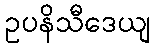
ဥပနိသီဒေယျ